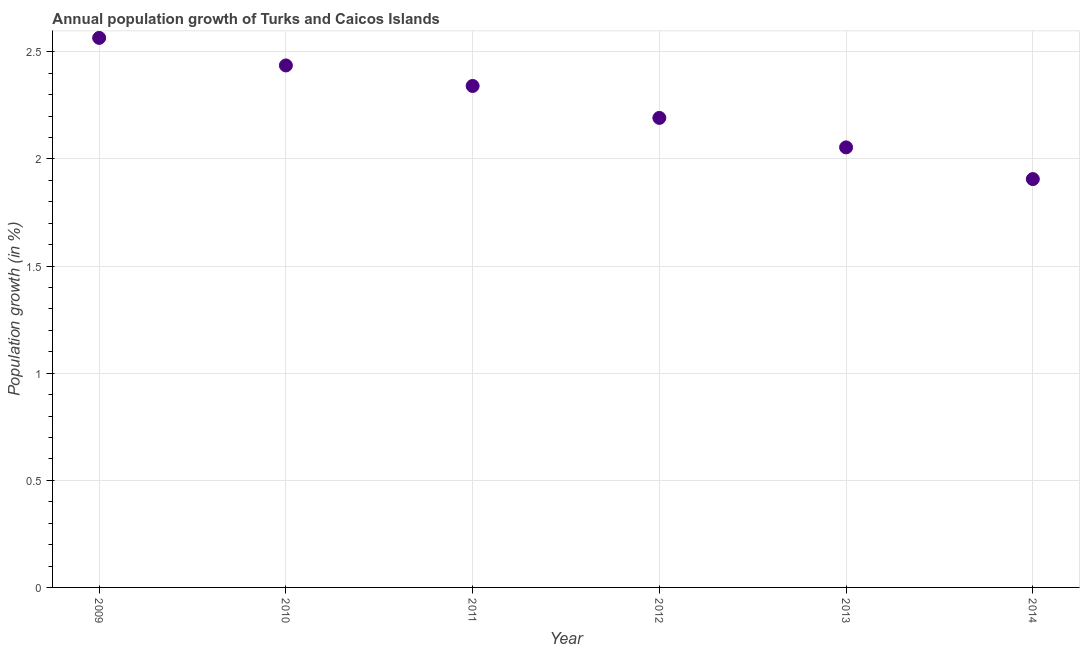
| Year | Population growth |
 | --- | --- |
 | 2009 | 2.57 |
 | 2010 | 2.44 |
 | 2011 | 2.34 |
 | 2012 | 2.19 |
 | 2013 | 2.05 |
 | 2014 | 1.91 |